Leaving Certificate Examination (including Day School Certificate (Higher) General paper), 1931
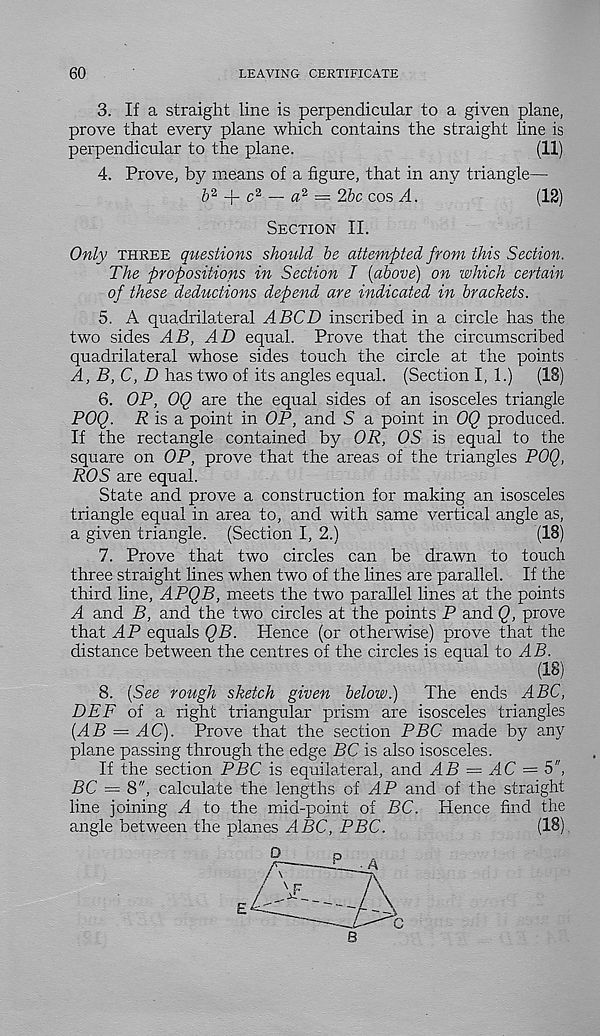
60
LEAVING CERTIFICATE
3. If a straight line is perpendicular to a given plane,
prove that every plane which contains the straight line is
perpendicular to the plane.
(11)
4. Prove, by means of a figure, that in any triangle—
& 2 -j- c 2 — a 2 = 2bc cos A.
(12)
Section II.
Only three questions, should be attempted from this Section.
The propositions in Section I [above) on which certain
of these deductions depend are indicated in brackets.
5. A quadrilateral A BCD inscribed in a circle has the
two sides AB, AD equal. Prove that the circumscribed
quadrilateral whose sides touch the circle at the points
A, B, C, D has two of its angles equal. (Section I, 1.)
(18)
6. OP, OQ are the equal sides of an isosceles triangle
POQ. A is a point in OP, and S a point in OQ produced.
If the rectangle contained by OR, OS is equal to the
square on OP, prove that the areas of the triangles POQ,
ROS are equal.
State and prove a construction for making an isosceles
triangle equal in area to, and with same vertical angle as,
a given triangle. (Section I, 2.)
(18)
7. Prove that two circles can be drawn to touch
three straight fines when two of the fines are parallel. If the
third fine, APQB, meets the two parallel fines at the points
A and B, and the two circles at the points P and Q, prove
that AP equals QB. Hence (or otherwise) prove that the
distance between the centres of the circles is equal to AB.
(18)
8. [See rough sketch given below.)
The ends ABC,
DBF of a right triangular prism are isosceles triangles
[AB - AC). Prove that the section PBC made by any
plane passing through the edge BC is also isosceles.
If the section PBC is equilateral, and AB = AC = 5",
BC = 8", calculate the lengths of AP and of the straight
fine joining A to the mid-point of BC. Hence find the
angle between the planes ABC, PBC.
(18)
E
B